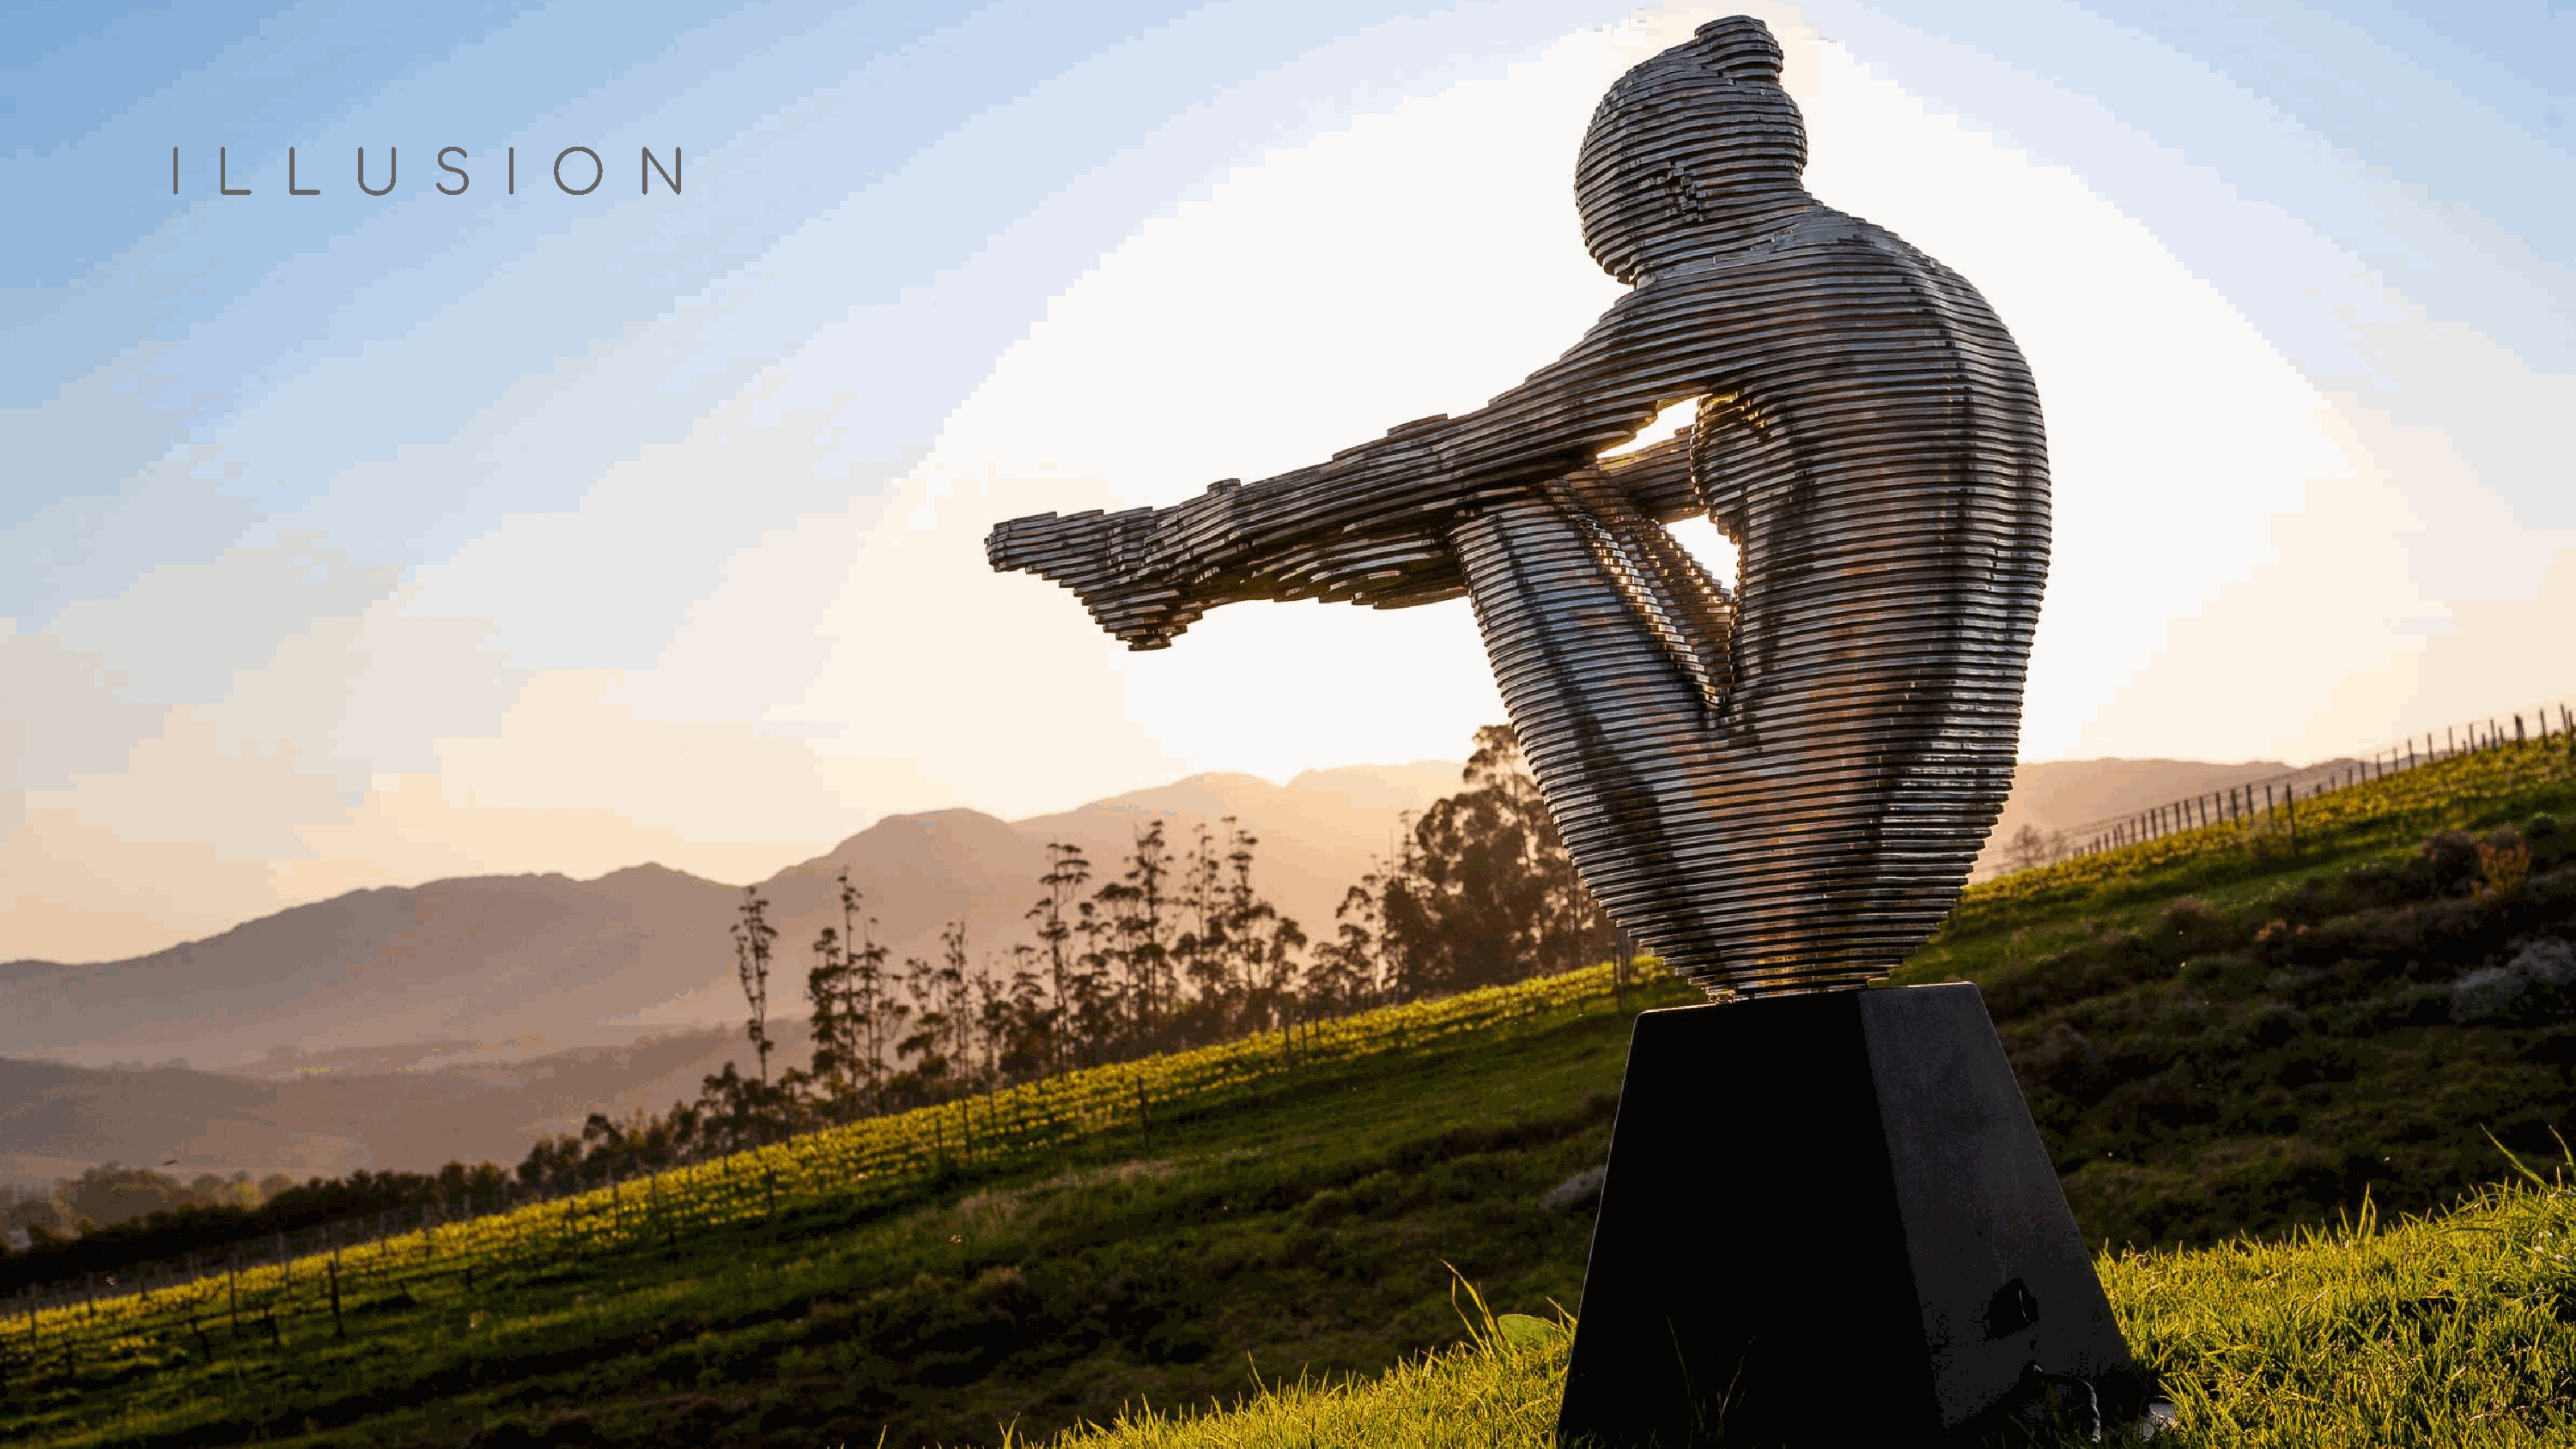
I   L    L    U     S     I  O      N